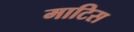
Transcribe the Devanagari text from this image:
माटिस